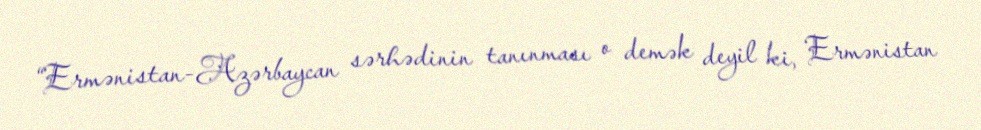
“Ermənistan-Azərbaycan sərhədinin tanınması o demək deyil ki, Ermənistan